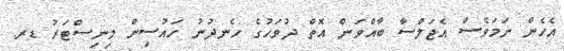
އެހެން ނަމަވެސް އެޖަލްސާ ބާއްވަން އޮތް ދުވަހުގެ ހެނދުނު ހައުސިން މިނިސްޓަރު ޑރ.